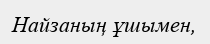
Найзаның ұшымен,